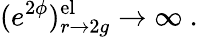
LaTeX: (e^{2\phi})_{r\rightarrow 2g}^{\mathrm{el}}\rightarrow\infty\ .